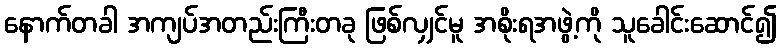
နောက်တခါ အကျပ်အတည်းကြီးတခု ဖြစ်လျှင်မူ အစိုးရအဖွဲ့ကို သူခေါင်းဆောင်၍